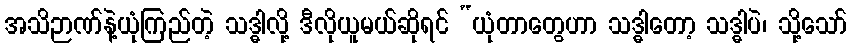
အသိဉာဏ်နဲ့ယုံကြည်တဲ့ သဒ္ဓါလို့ ဒီလိုယူမယ်ဆိုရင် “ယုံတာတွေဟာ သဒ္ဓါတော့ သဒ္ဓါပဲ၊ သို့သော်